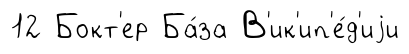
12 Бокт'ер Ба́за В'ик'ип'е́д'иjи